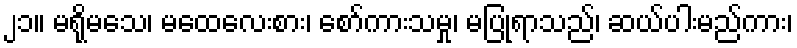
၂၁။ မရိုမသေ၊ မထေလေးစား၊ စော်ကားသမှု၊ မပြုရာသည်၊ ဆယ်ပါးမည်ကား၊